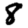
Digit: 8